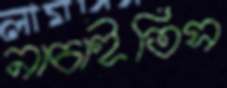
নাচাইতিস